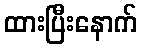
ထားပြီးနောက်